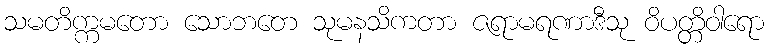
သမတိက္ကမတော သောဘတေ သုမနသိကတာ ဇရာမရဏာဒီသု ဝိပတ္တိဝါရော